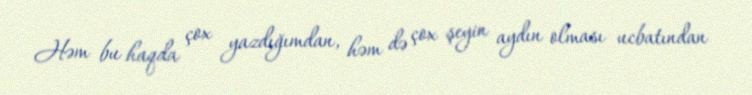
Həm bu haqda çox yazdığımdan, həm də çox şeyin aydın olması ucbatından